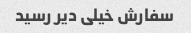
سفارش خیلی دیر رسید